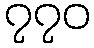
၇၇၀